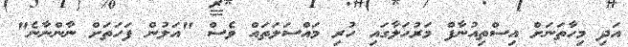
އަދި މިހާތަނަށް އިސްތިއުނާފް މަރުހަލާގައި ހުރި މައްސަލަތައް ވެސް "އަލުން ފަހަތަށް ނާންނާނެ"